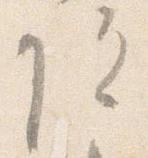
院